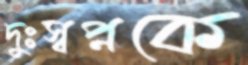
দুঃস্বপ্নকে